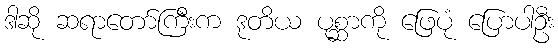
ဒါဆို ဆရာတော်ကြီးက ဒုတိယ ပုစ္ဆာကို ဖြေပုံ ပြောပါဦး